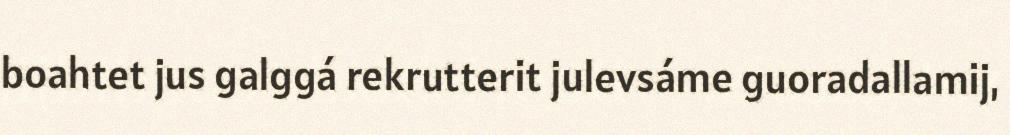
boahtet jus galggá rekrutterit julevsáme guoradallamij,